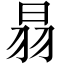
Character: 𦐇